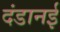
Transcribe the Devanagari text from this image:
दंडानई